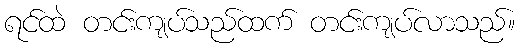
ရင်ထဲ တင်းကျပ်သည်ထက် တင်းကျပ်လာသည်။